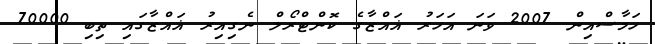
ހަމާސްއިން 2007 ވަނަ އަހަރު ޣައްޒާގެ ކޮންޓްރޯލް ނެގިއިރު ޣައްޒާގައި ތިބި 70000